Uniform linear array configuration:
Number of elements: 8
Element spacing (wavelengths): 0.5
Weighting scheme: binomial
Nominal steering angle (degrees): -45
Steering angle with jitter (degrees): -45.363
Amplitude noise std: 0.05
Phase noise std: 0.05

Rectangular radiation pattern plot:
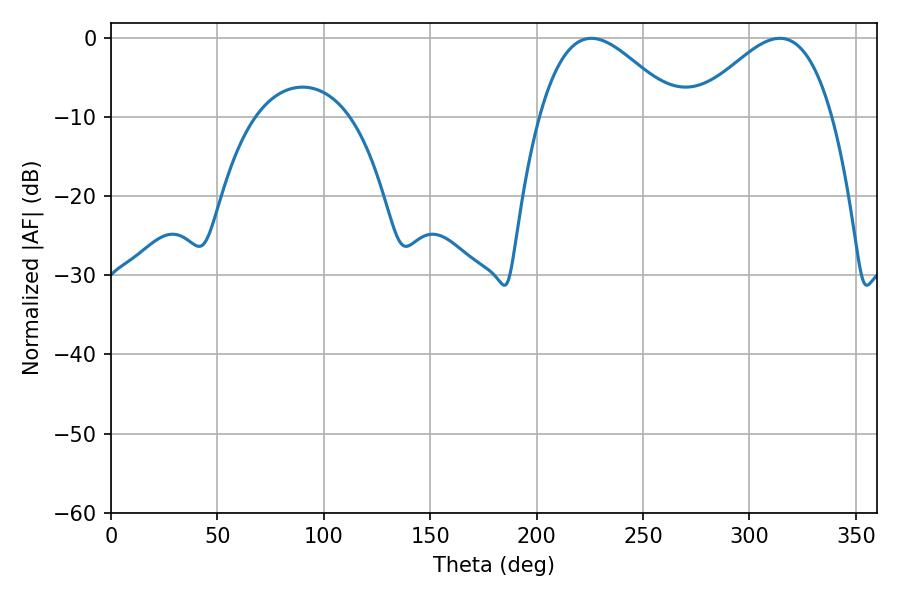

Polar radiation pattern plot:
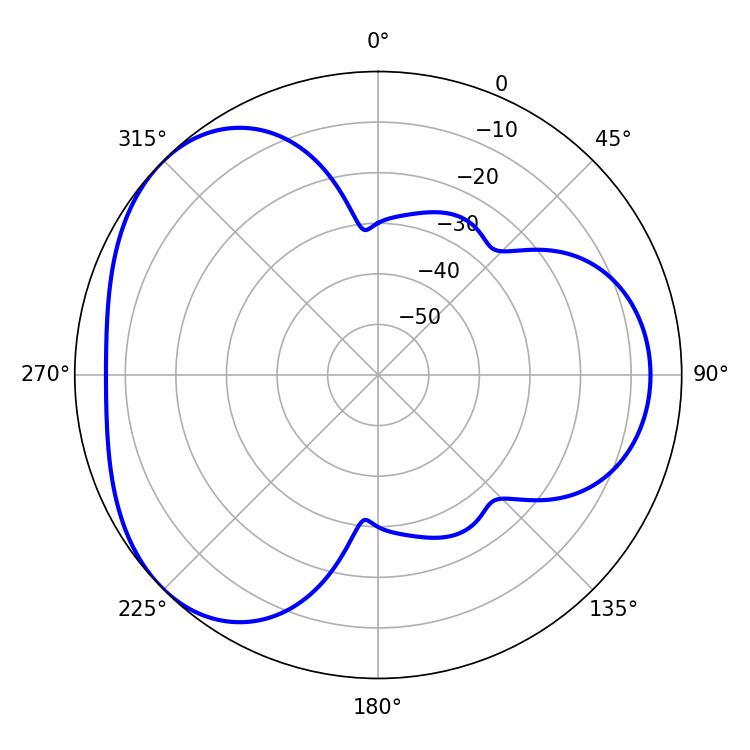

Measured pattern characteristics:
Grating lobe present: FALSE
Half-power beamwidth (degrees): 34.92
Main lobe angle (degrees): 225.72